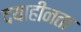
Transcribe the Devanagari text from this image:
दयाहीनता